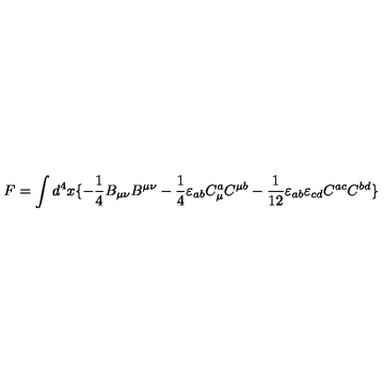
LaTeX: F = \int d ^ { 4 } x \{ - \frac { 1 } { 4 } B _ { \mu \nu } B ^ { \mu \nu } - \frac { 1 } { 4 } \varepsilon _ { a b } C _ { \mu } ^ { a } C ^ { \mu b } - \frac { 1 } { 1 2 } \varepsilon _ { a b } \varepsilon _ { c d } C ^ { a c } C ^ { b d } \}